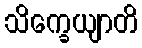
သိက္ခေယျာတိ